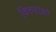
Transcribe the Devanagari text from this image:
विरुवाको